Vaccination report Assam 1874-1896 - 1874-1896
Year: 1874
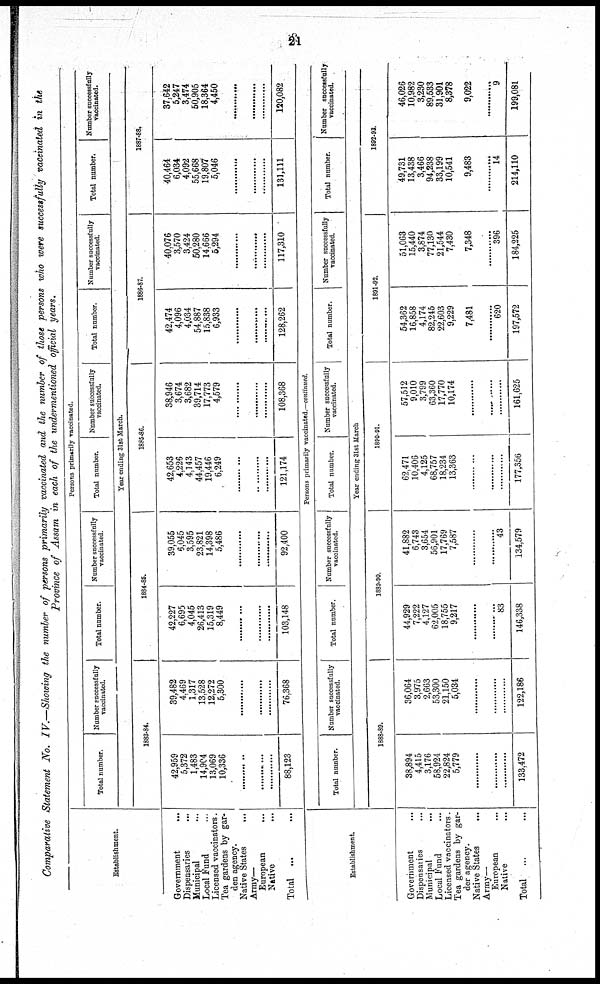
21
Comparative Statement No. IV.—Showing the number of persons primarily vaccinated and the number of those persons who were successfully vaccinated in the
Province of Assam in each of the undermentioned official years.
Establishment.
Government
...
Dispensaries
...
Municipal
...
Local Fund ...
Licensed vaccinators.
Tea gardens by gar-
den agency.
Native States
...
Army—
European
...
Native ...
Total ... ...
Persons primarily vaccinated.
Total number.
Number successfully
vaccinated.
Total number.
Number successfully
vaccinated.
Total number.
Number successfully
vaccinated.
Total number.
Number successfully
vaccinated.
Total number.
Number successfully
vaccinated.
Year ending 31st March.
1883-84.
42,959
5,372
1,483
14,904
13,069
10,336
........
........
.........
88,123
39,482
4,469
1,317
13,528
12,272
5,300
.........
.........
.........
76,368
1884-85.
42,227
6,695
4,045
26,413
15,319
8,449
............
.........
.........
103,148
39,055
6,045
3,595
23,821
14,398
5,486
.........
.........
.........
92,400
1885-86.
42,653
4,226
4,143
44,457
19,446
6,249
..........
.........
.........
121,174
38,946
3,674
3,682
39,714
17,773
4,579
............
.........
.........
108,368
1886-87.
42,474
4,096
4,034
54,887
15,838
6,933
.........
.........
.........
128,262
40,076
3,570
3,424
50,280
14,666
5,294
.........
.........
.........
117,310
1887-88.
40,464
6,034
4,092
55,668
19,807
5,046
.........
.........
.........
131,111
37,642
5,247
3,474
50,905
18,364
4,450
.........
.........
.........
120,082
Establishment.
Government ...
Dispensaries ...
Municipal ...
Local Fund ...
Licensed vaccinators.
Tea gardens by gar¬
der agency.
Native States ...
Army—
European ...
Native ...
Total ... ...
Persons primarily vaccinated.—continued.
Total number.
Number successfully
vaccinated.
Total number.
Number successfully
vaccinated.
Total number.
Number successfully
vaccinated.
Total number.
Number successfully
vaccinated.
Total number.
Number successfully
vaccinated.
Year ending 31st March
1888-89.
38,894
4,415
3,176
58,924
22,824
5,779
............
............
.........
133,472
36,064
3,975
2,663
53,300
21,150
5,034
............
............
.........
122,186
1889-90.
44,929
7,222
4,127
62,005
18,755
9,217
............
.........
83
146,338
41,882
6,743
3,654
56,901
17,769
7,587
.........
.........
43
134,579
1890-91.
62,471
10,406
4,125
68,757
18,234
13,363
............
.........
.........
177,356
57,512
9,010
3,799
63,360
17,770
10,174
............
.........
.........
161,625
1891-92.
54,362
16,858
4,174
82,245
22,603
9,229
7,481
.........
620
197,572
51,063
15,440
3,874
77,130
21,544
7,430
7,348
.........
396
184,225
1892-93.
49,731
13,438
3,466
94,238
33,199
10,541
9,483
.........
14
214,110
46,026
10,982
3,230
89,533
31,901
8,378
9,022
.........
9
199,081